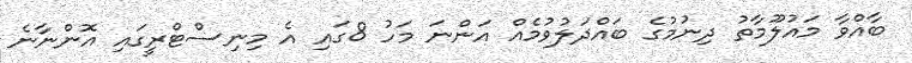
ބާއްވާ މައުލޫމާތު ދިނުމުގެ ބައްދަލުވުމެއް އަންނަ މަހު 8ގައި އެ މިނިސްޓްރީގައި އޮންނާނެ